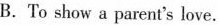
B.To show a parent's love.